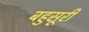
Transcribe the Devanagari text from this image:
बहुसूरी